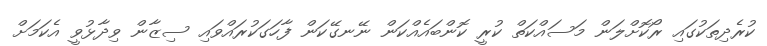
ކުރެދިތަކުގައި ރޯކޮށްލަން މަސައްކަތް ކުރީ ކޮންބައެއްކަން ނޭނގޭކަން ފާހަގަކުރައްވައި ސިޒާން ވިދާޅުވީ އެކަމަށް